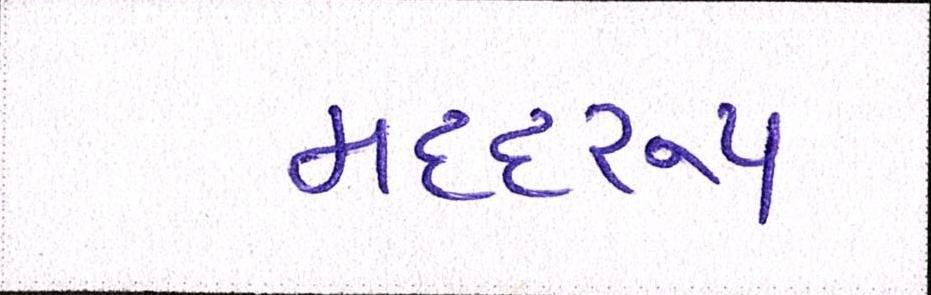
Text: મદદરુપ